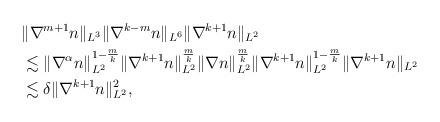
LaTeX: \begin{align*}\begin{aligned}&\|\nabla^{m+1} n\|_{L^3}\|\nabla^{k-m}n\|_{L^6}\|\nabla^{k+1}n\|_{L^2}\\&\lesssim \|\nabla^\alpha n\|_{L^2}^{1-\frac{m}{k}}\|\nabla^{k+1} n\|_{L^2}^{\frac{m}{k}} \|\nabla n \|_{L^2}^{\frac{m}{k}}\|\nabla^{k+1} n\|_{L^2}^{1-\frac{m}{k}} \|\nabla^{k+1} n\|_{L^2}\\&\lesssim \delta \|\nabla^{k+1} n\|_{L^2}^2,\end{aligned}\end{align*}